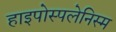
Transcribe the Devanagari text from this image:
हाइपोस्पलेनिस्म